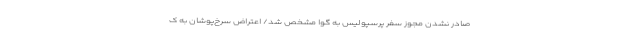
صادر نشدن مجوز سفر پرسپولیس به گوا مشخص شد/ اعتراض سرخ‌پوشان به ک